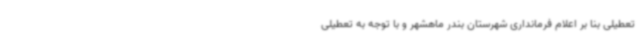
تعطیلی بنا بر اعلام فرمانداری شهرستان بندر ماهشهر و با توجه به تعطیلی